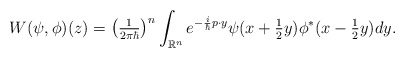
\begin{align*}W(\psi,\phi)(z)=\left( \tfrac{1}{2\pi\hbar}\right) ^{n}\int_{\mathbb{R}^{n}}e^{-\frac{i}{\hbar}p\cdot y}\psi(x+\tfrac{1}{2}y)\phi^{\ast}(x-\tfrac{1}{2}y)dy.\end{align*}